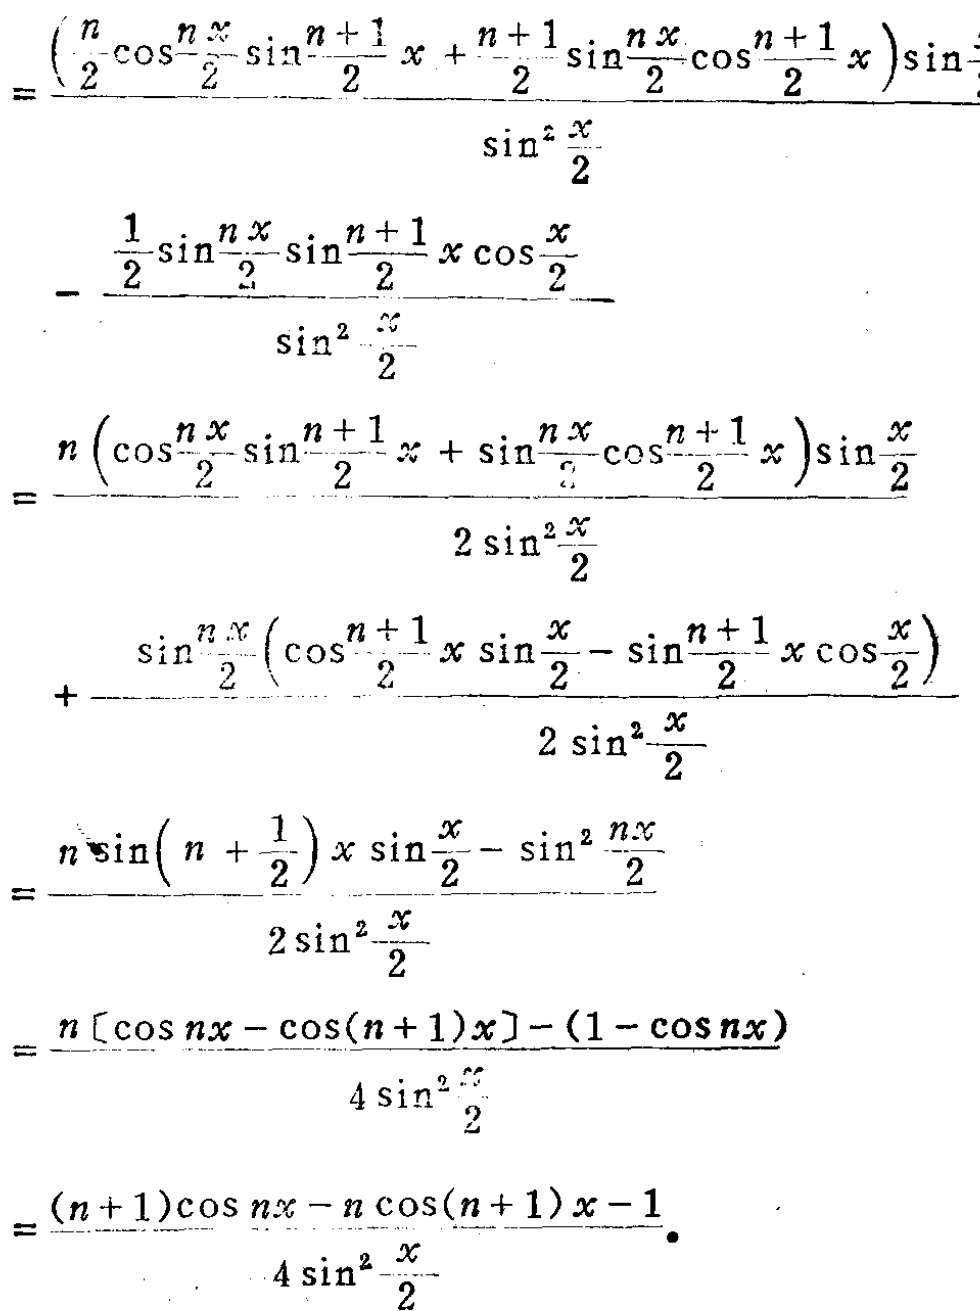
\[

\begin{align*}

=&\frac{\left(\frac{n}{2}\cos\frac{nx}{2}\sin\frac{n + 1}{2}x+\frac{n + 1}{2}\sin\frac{nx}{2}\cos\frac{n + 1}{2}x\right)\sin\frac{x}{2}}{\sin^{2}\frac{x}{2}}\\

&-\frac{\frac{1}{2}\sin\frac{nx}{2}\sin\frac{n + 1}{2}x\cos\frac{x}{2}}{\sin^{2}\frac{x}{2}}\\

=&\frac{n\left(\cos\frac{nx}{2}\sin\frac{n + 1}{2}x+\sin\frac{nx}{2}\cos\frac{n + 1}{2}x\right)\sin\frac{x}{2}}{2\sin^{2}\frac{x}{2}}\\

&+\frac{\sin\frac{nx}{2}\left(\cos\frac{n + 1}{2}x\sin\frac{x}{2}-\sin\frac{n + 1}{2}x\cos\frac{x}{2}\right)}{2\sin^{2}\frac{x}{2}}\\

=&\frac{n\sin\left(n+\frac{1}{2}\right)x\sin\frac{x}{2}-\sin^{2}\frac{nx}{2}}{2\sin^{2}\frac{x}{2}}\\

=&\frac{n[\cos nx-\cos(n + 1)x]-(1-\cos nx)}{4\sin^{2}\frac{x}{2}}\\

=&\frac{(n + 1)\cos nx-n\cos(n + 1)x-1}{4\sin^{2}\frac{x}{2}}.

\end{align*}

\]